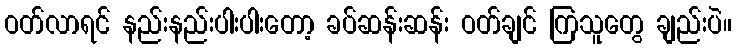
ဝတ်လာရင် နည်းနည်းပါးပါးတော့ ခပ်ဆန်းဆန်း ဝတ်ချင် ကြသူတွေ ချည်းပဲ။